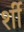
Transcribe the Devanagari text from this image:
र्शी